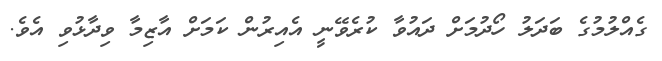
ގެއްލުމުގެ ބަދަލު ހޯދުމަށް ދައުވާ ކުރެވޭނީ އެއިރުން ކަމަށް އާޒިމާ ވިދާޅުވި އެވެ.